system: You are a helpful assistant.
user:
Analyze the provided spectrum to determine if it is a **S-type Star**.

- **Key Indicators for S-type Star:**

    - **(Overall Spectrum Shape):** The first and most obvious characteristic is the overall continuum (the "baseline" shape). It is **extremely "red-sloping,"** meaning the flux (light intensity) is very low on the left side (blue, ~4000-4500 Å) and rises steeply and continuously toward the right side (red, ~7000 Å+).

    - **(Primary):** The spectrum is defined by the presence of strong, broad molecular absorption "valleys" (bands) from **Zirconium Oxide (ZrO)**. The identification of these bands is the **primary requirement** for classifying a star as S-type.
        - **(Key Bandheads):** You must find distinct, deep "dips" where the light has been absorbed. The most critical band systems to locate are:
            - **~6474 Å** ($\gamma$-system): This is often the strongest and clearest ZrO feature, found in the red part of the spectrum.
            - **~5718 Å** & **~5551 Å** ($\beta$-system): A pair of prominent absorption features in the yellow-orange part of the spectrum.
            - **~4640 Å** ($\alpha$-system): A key absorption band system in the blue-green region of the spectrum.

    - **(Secondary Confirmation):** The classification is strengthened by finding additional absorption bands from other related heavy element oxides, which are expected to be present alongside ZrO.
        - **(Key Bandheads):**
            - **Yttrium Oxide (YO):** Look for absorption dips near **~4800 Å** and **~6100 Å**.
            - **Lanthanum Oxide (LaO):** Additional absorption features, particularly in the red-orange part of the spectrum, are also characteristic.

    - **(Line Profile):** The combination of the steep red continuum and these numerous, deep molecular bands (ZrO, YO, etc.) gives the entire spectrum a very **"chopped-up"** or **"bumpy"** appearance. Instead of a smooth curve, the spectrum looks as though large, wide chunks of light have been "carved out" of it at the specific wavelengths listed above.

Think first, call **spectral_visualization_tool** if needed to examine features in detail, then provide your final answer. Your response must adhere to the following strict rules:
1.  **Overall Structure:** Your response must follow the format `<think>...</think> <tool_call>...</tool_call> (if a tool is used) <answer>...</answer>`.
2.  **Tool Usage Constraint:** You may only make **one** tool call per turn.
3.  **Final Answer Format:** In the `<answer>` tag, your conclusion must be inside a `\boxed{}` command (e.g., `\boxed{YES}` or `\boxed{NO}`), followed by your justification.

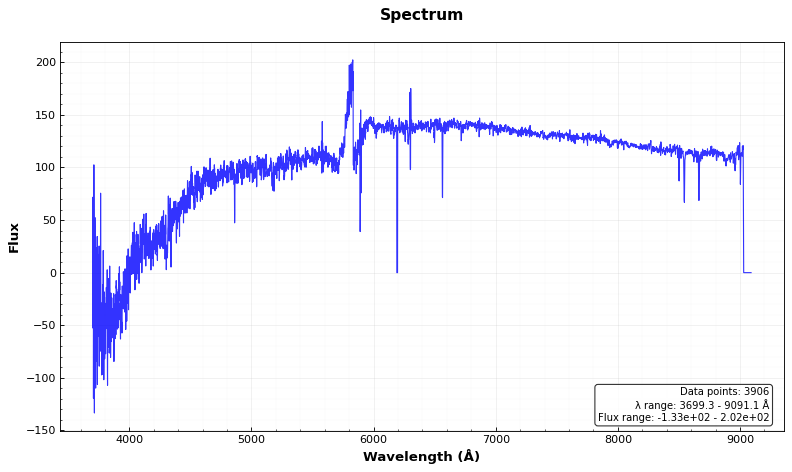
Answer: NO